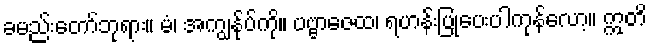
ခမည်းတော်ဘုရား။ မံ၊ အကျွန်ုပ်ကို။ ပဗ္ဗာဇေထ၊ ရဟန်းပြုပေးပါကုန်လော့။ ဣတိ